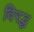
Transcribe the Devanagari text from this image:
विरद्ध